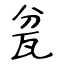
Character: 瓫